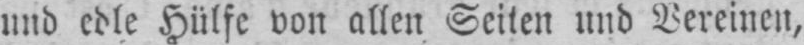
und edle Hülfe von allen Seiten und Vereinen,